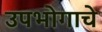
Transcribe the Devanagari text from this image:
उपभोगाचे